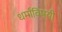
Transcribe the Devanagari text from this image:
धर्मांविषयी